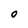
Character: O